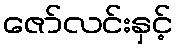
ဇော်လင်းနှင့်